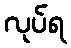
လုပ်ရ